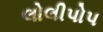
લોલીપોપ